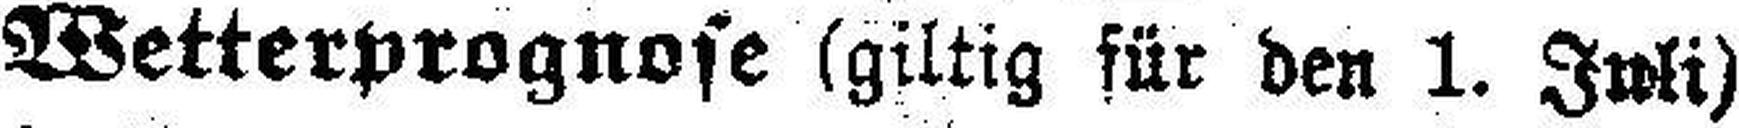
Wetterprognose (gitig für den 1. Juli)